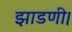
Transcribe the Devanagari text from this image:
झाडणी।